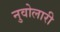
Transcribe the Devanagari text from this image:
नुवोलारी